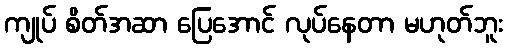
ကျုပ် စိတ်အဆာ ပြေအောင် လုပ်နေတာ မဟုတ်ဘူး